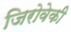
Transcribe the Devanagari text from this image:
जिरोवेकी